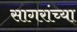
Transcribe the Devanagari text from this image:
सागरांच्या